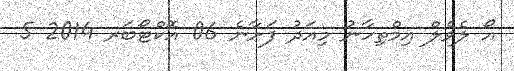
އޯ ލެވެލް އިމްތިހާނު މިއަދު ފަށާނެ 06 އޮކްޓޯބަރ 2014 5